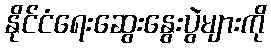
နိုင်ငံရေးဆွေးနွေးပွဲများကို